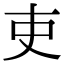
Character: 吏